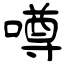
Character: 噂